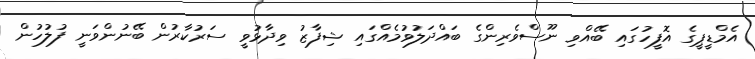
އެމްޑީޕީގެ އޮފީހުގައި ބޭއްވި ނޫސްވެރިންގެ ބައްދަލުވުމެއްގައި ޝިފާޒު ވިދާޅުވީ ސަރުކާރުން ބޭނުންވަނީ ފުލުހުން